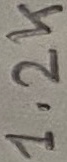
Text: 1.2K